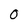
Character: O